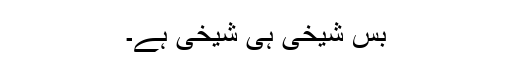
بس شیخی ہی شیخی ہے۔